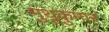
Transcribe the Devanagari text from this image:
मुथुकुमार